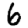
Digit: 6